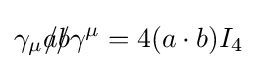
\gamma _{\mu }{a\!\!\!/}{b\!\!\!/}\gamma ^{\mu }=4(a\cdot b)I_{4}